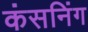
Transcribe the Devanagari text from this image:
कंसनिंग